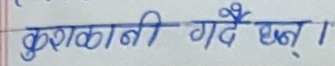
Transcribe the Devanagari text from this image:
कुराकानी गर्दै छन् ।